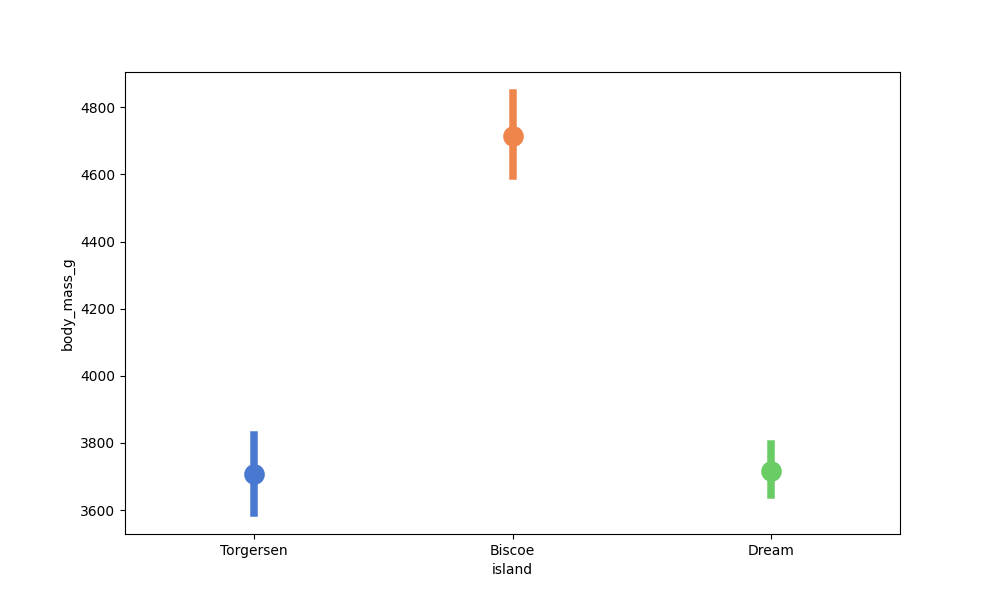
python, seaborn, pointplot, scale=2.0, join=False, hue='None', palette='muted'